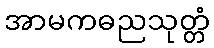
အာမကဓညသုတ္တံ